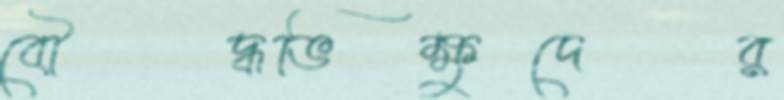
বৌদ্ধভিক্ষুদের